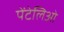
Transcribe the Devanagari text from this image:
पेंटेलिओ